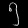
Digit: ၅